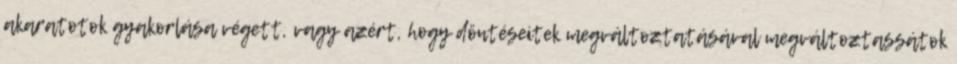
akaratotok gyakorlása végett, vagy azért, hogy döntéseitek megváltoztatásával megváltoztassátok